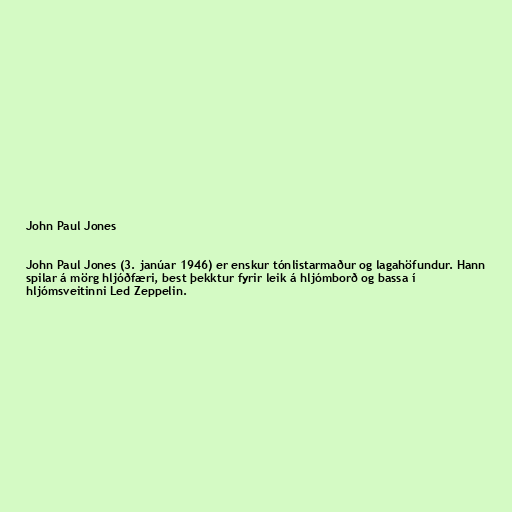
John Paul Jones

John Paul Jones (3. janúar 1946) er enskur tónlistarmaður og lagahöfundur. Hann
spilar á mörg hljóðfæri, best þekktur fyrir leik á hljómborð og bassa í
hljómsveitinni Led Zeppelin.